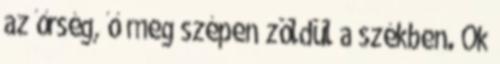
az őrség, ő meg szépen zöldül a székben. Ők